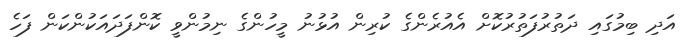
އަދި ބިމުގައި ދަތުރުފަތުރުކޮށް އެއުރެންގެ ކުރިން އުޅުނު މީހުންގެ ނިމުންވީ ކޮންފަދައަކުންކަން ފަހެ